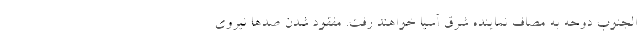
الجنوب دوحه به مصاف نماینده شرق آسیا خواهند رفت. مفقود شدن صدها نیروی